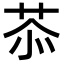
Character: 𦮕